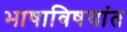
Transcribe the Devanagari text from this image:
भाषाविषयांत